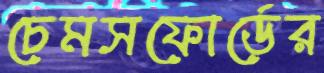
চেমসফোর্ডের